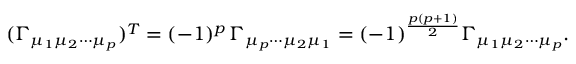
( \Gamma _ { \mu _ { 1 } \mu _ { 2 } \cdots \mu _ { p } } ) ^ { T } = ( - 1 ) ^ { p } \, \Gamma _ { \mu _ { p } \cdots \mu _ { 2 } \mu _ { 1 } } = ( - 1 ) ^ { \frac { p ( p + 1 ) } { 2 } } \Gamma _ { \mu _ { 1 } \mu _ { 2 } \cdots \mu _ { p } } .